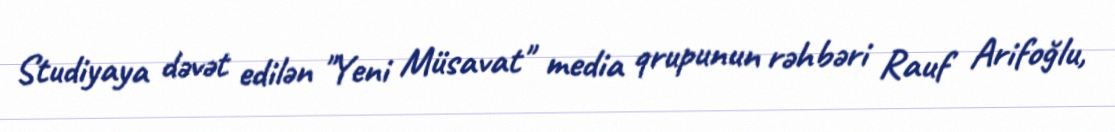
Studiyaya dəvət edilən "Yeni Müsavat" media qrupunun rəhbəri Rauf Arifoğlu,